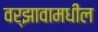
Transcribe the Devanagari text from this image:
वर्झावामधील